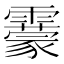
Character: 靀